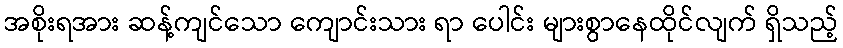
အစိုးရအား ဆန့်ကျင်သော ကျောင်းသား ရာ ပေါင်း များစွာနေထိုင်လျက် ရှိသည့်